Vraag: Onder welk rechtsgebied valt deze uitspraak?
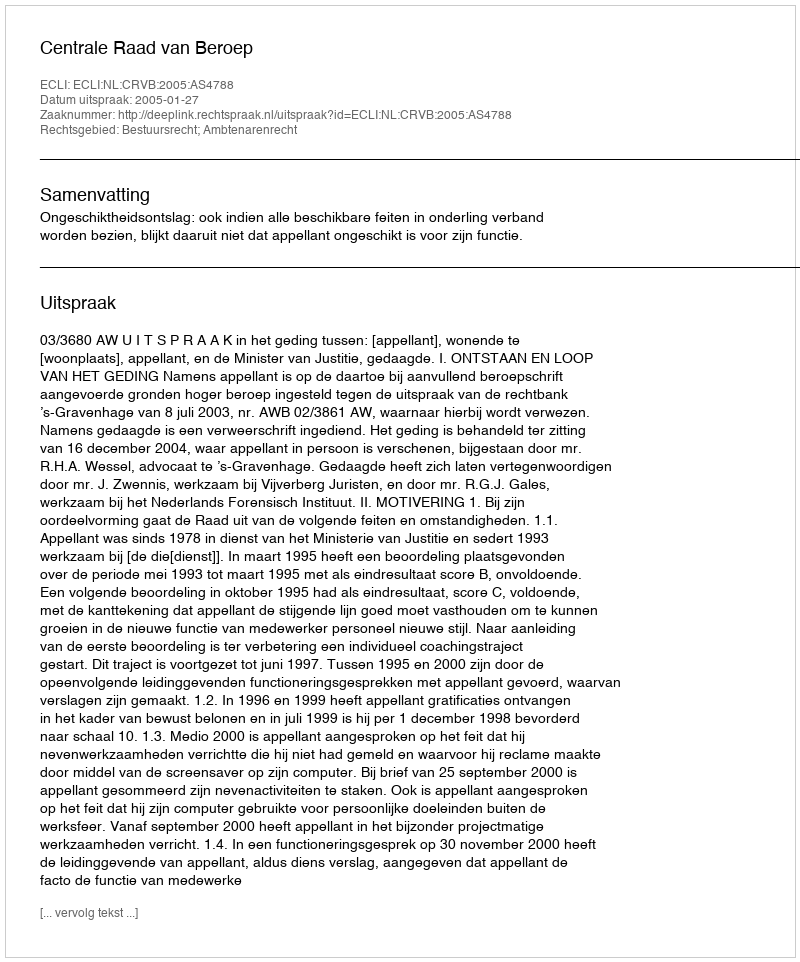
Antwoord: Bestuursrecht; Ambtenarenrecht